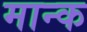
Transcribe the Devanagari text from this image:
मान्क